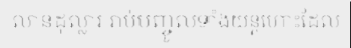
លានដុល្លារ រាប់បញ្ចូលទាំងយន្តហោះដែល